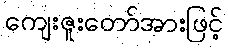
ကျေးဇူးတော်အားဖြင့်